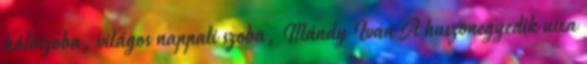
hálószoba, világos nappali szoba, Mándy Iván A huszonegyedik utca